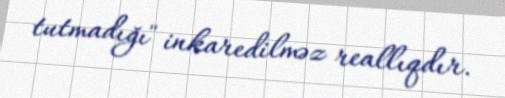
tutmadığı" inkaredilməz reallıqdır.